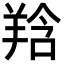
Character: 𦎌